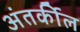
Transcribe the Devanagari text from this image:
अंतर्कील